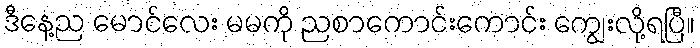
ဒီနေ့ည မောင်လေး မမကို ညစာကောင်းကောင်း ကျွေးလို့ရပြီ။